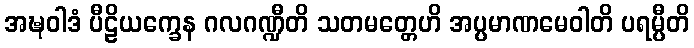
အဍ္ဎဝါဒံ ပီဠိယက္ခေန ဂလဂဏ္ဍီတိ သတမတ္တေဟိ အပ္ပမာဏမေဝါတိ ပရမ္ပီတိ